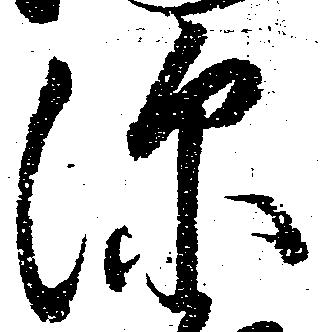
深